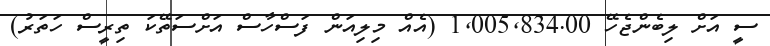
ސީ އަށް ލިބެންޖެހޭ 1